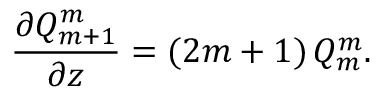
\frac { \partial Q _ { m + 1 } ^ { m } } { \partial z } = ( 2 m + 1 ) \, Q _ { m } ^ { m } .